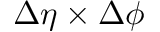
\Delta \eta \times \Delta \phi